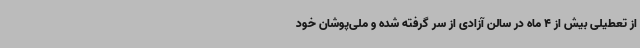
از تعطیلی بیش از 4 ماه در سالن آزادی از سر گرفته شده و ملی‌پوشان خود